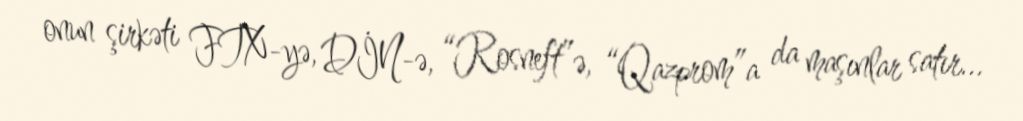
onun şirkəti FTX-yə, DİN-ə, “Rosneft”ə, “Qazprom”a da maşınlar satır...